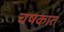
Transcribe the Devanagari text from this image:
चषकात